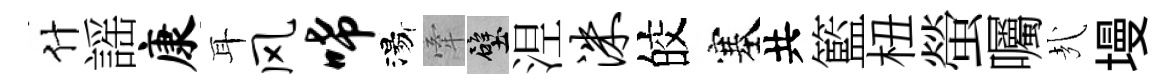
什謡康耳风唏湯牽壁𣵀洙皎塞共籃杻螢囑㢤墁